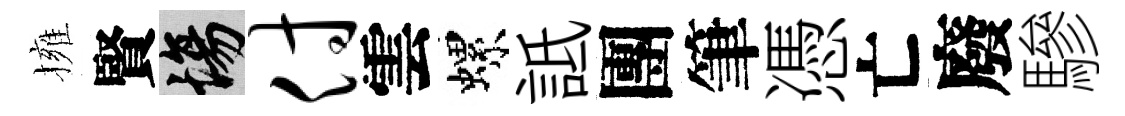
擁賢場付雲螺詆團筆憑亡廢驂